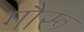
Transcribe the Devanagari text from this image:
गौरू